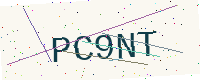
Text: PC9NT